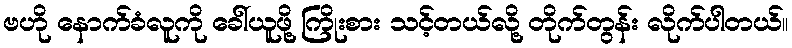
ဗဟို နောက်ခံလူကို ခေါ်ယူဖို့ ကြိုးစား သင့်တယ်လို့ တိုက်တွန်း လိုက်ပါတယ်။